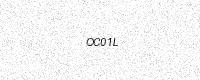
Text: OC01L